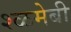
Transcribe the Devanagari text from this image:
श्ळमेबी